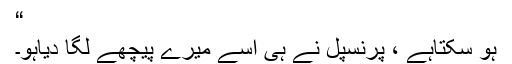
“
ہو سکتاہے ، پرنسپل نے ہی اسے میرے پیچھے لگا دیاہو۔